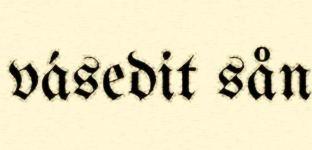
vásedit sån